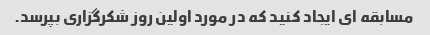
مسابقه ای ایجاد کنید که در مورد اولین روز شکرگزاری بپرسد.